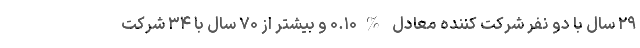
۲۹ سال با دو نفر شرکت کننده معادل %۰.۱۰ و بیشتر از ۷۰ سال با ۳۴ شرکت